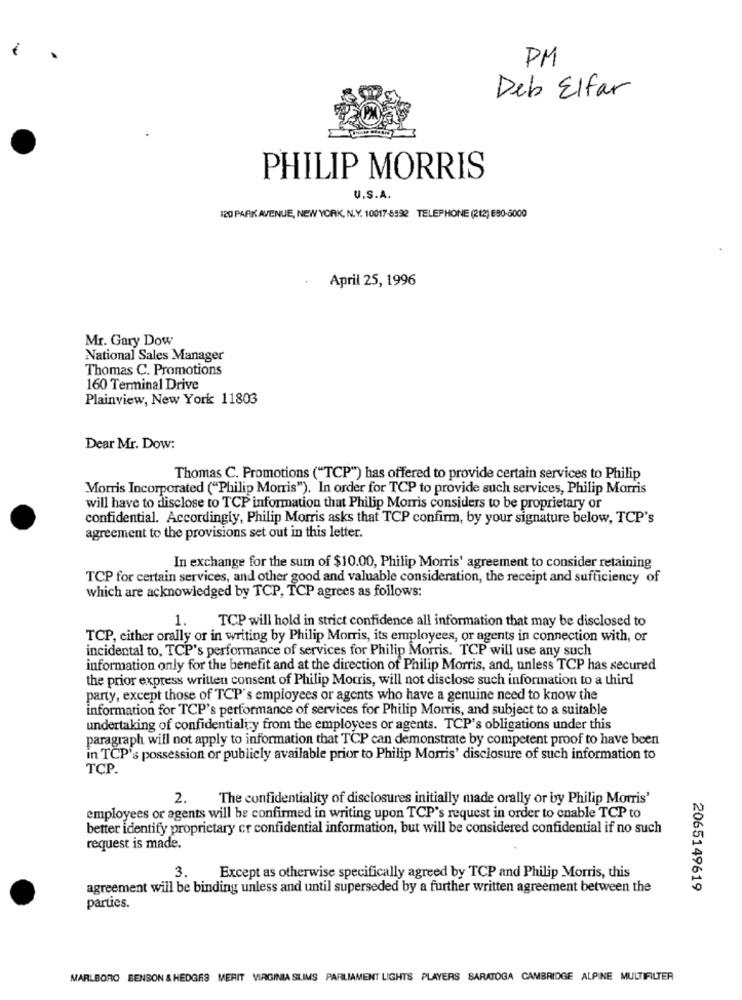
PM
Deb Elfar
PHILIP MORRIS
U.S.A.
120 PARK AVENUE, NEW YORK, N.Y. 10017-6592 TELEPHONE (212) 690-6000
.
April 25, 1996
Mr. Gary Dow
National Sales Manager
Thomas C. Promotions
160 Terminal Drive
Plainview, New York 11803
Dear Mr. Dow:
Thomas C. Promotions ("TCP") has offered to provide certain services to Philip
Morris Incorporated ("Philip Morris"). In order for TCP to provide such services, Philip Morris
will have to disclose to TCP information that Philip Morris considers to be proprietary or
confidential. Accordingly, Philip Morris asks that TCP confirm, by your signature below, TCP's
agreement to the provisions set out in this letter.
In exchange for the sum of $10.00, Philip Morris' agreement to consider retaining
TCP for certain services, and other good and valuable consideration, the receipt and sufficiency of
which are acknowledged by TCP, TCP agrees as follows:
TCP will hold in strict confidence all information that may be disclosed to
1.
TCP, either orally or in writing by Philip Morris, its employees, or agents in connection with, or
incidental to, TCP's performance of services for Philip Morris. TCP will use any such
information only for the benefit and at the direction of Philip Morris, and, unless TCP has secured
the prior express written consent of Philip Morris, will not disclose such information to a third
party, except those of TCP's employees or agents who have a genuine need to know the
information for TCP's performance of services for Philip Morris, and subject to a suitable
undertaking of confidentiality from the employees or agents. TCP's obligations under this
paragraph will not apply to information that TCP can demonstrate by competent proof to have been
in TCP's possession or publicly available prior to Philip Morris' disclosure of such information to
TCP.
2.
The confidentiality of disclosures initially made orally or by Philip Morris'
employees or agents will be confirmed in writing upon TCP's request in order to enable TCP to
better identify proprietary cr confidential information, but will be considered confidential if no such
request is made.
3.
Except as otherwise specifically agreed by TCP and Philip Morris, this
agreement will be binding unless and until superseded by a further written agreement between the
2065149619
parties.
MARLBORO BENSON & HEDGES MERIT VIRGINIA SLIMS PARLIAMENT LIGHTS PLAYERS SARATOGA CAMBRIDGE ALPINE MULTIFILTER